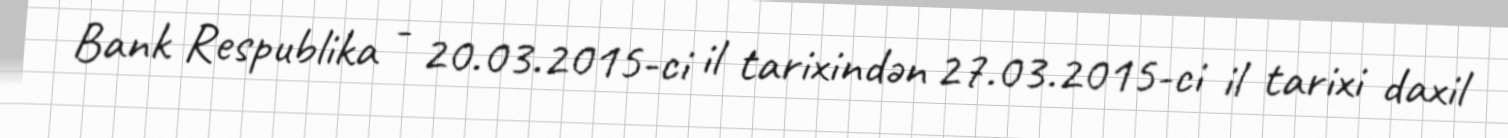
Bank Respublika - 20.03.2015-ci il tarixindən 27.03.2015-ci il tarixi daxil